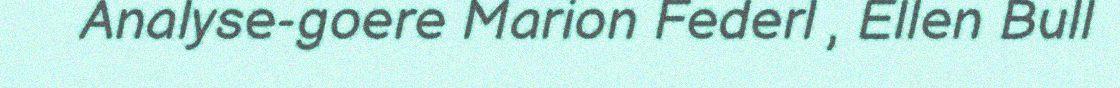
Analyse-goere Marion Federl , Ellen Bull